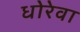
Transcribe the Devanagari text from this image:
धोरेवा